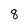
Character: 8